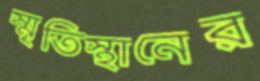
স্মৃতিস্থানের